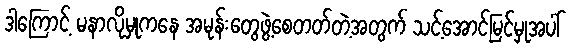
ဒါကြောင့် မနာလိုမှုကနေ အမုန်းတွေဖွဲ့စေတတ်တဲ့အတွက် သင့်အောင်မြင်မှုအပါ်